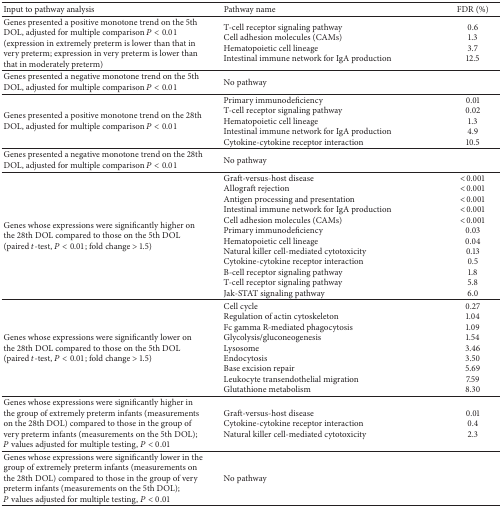
<table><thead><tr><td><b>Input to pathway analysis</b></td><td><b>Pathway name</b></td><td><b>FDR (%)</b></td></tr></thead><tbody><tr><td>Genes presented a positive monotone trend on the 5th DOL, adjusted for multiple comparison <i>P</i> &lt; 0.01 (expression in extremely preterm is lower than that in very preterm; expression in very preterm is lower than that in moderately preterm)</td><td>T-cell receptor signaling pathwayCell adhesion molecules (CAMs)Hematopoietic cell lineageIntestinal immune network for IgA production</td><td>0.61.33.712.5</td></tr><tr><td>Genes presented a negative monotone trend on the 5th DOL, adjusted for multiple comparison <i>P</i> &lt; 0.01</td><td>No pathway</td><td> </td></tr><tr><td>Genes presented a positive monotone trend on the 28th DOL, adjusted for multiple comparison <i>P</i> &lt; 0.01</td><td>Primary immunodeficiencyT-cell receptor signaling pathwayHematopoietic cell lineageIntestinal immune network for IgA productionCytokine-cytokine receptor interaction</td><td>0.010.021.34.910.5</td></tr><tr><td>Genes presented a negative monotone trend on the 28th DOL, adjusted for multiple comparison <i>P</i> &lt; 0.01</td><td>No pathway</td><td> </td></tr><tr><td>Genes whose expressions were significantly higher on the 28th DOL compared to those on the 5th DOL (paired <i>t</i>-test, <i>P</i> &lt; 0.01; fold change &gt; 1.5)</td><td>Graft-versus-host diseaseAllograft rejectionAntigen processing and presentationIntestinal immune network for IgA productionCell adhesion molecules (CAMs)Primary immunodeficiencyHematopoietic cell lineageNatural killer cell-mediated cytotoxicityCytokine-cytokine receptor interactionB-cell receptor signaling pathwayT-cell receptor signaling pathwayJak-STAT signaling pathway</td><td>&lt;0.001&lt;0.001&lt;0.001&lt;0.001&lt;0.0010.030.040.130.51.85.86.0</td></tr><tr><td>Genes whose expressions were significantly lower on the 28th DOL compared to those on the 5th DOL (paired <i>t</i>-test, <i>P</i> &lt; 0.01; fold change &gt; 1.5)</td><td>Cell cycleRegulation of actin cytoskeletonFc gamma R-mediated phagocytosisGlycolysis/gluconeogenesisLysosomeEndocytosisBase excision repairLeukocyte transendothelial migrationGlutathione metabolism</td><td>0.271.041.091.543.463.505.697.598.30</td></tr><tr><td>Genes whose expressions were significantly higher in the group of extremely preterm infants (measurements on the 28th DOL) compared to those in the group of very preterm infants (measurements on the 5th DOL); <i>P</i> values adjusted for multiple testing, <i>P</i> &lt; 0.01</td><td>Graft-versus-host diseaseCytokine-cytokine receptor interactionNatural killer cell-mediated cytotoxicity</td><td>0.010.42.3</td></tr><tr><td>Genes whose expressions were significantly lower in the group of extremely preterm infants (measurements on the 28th DOL) compared to those in the group of very preterm infants (measurements on the 5th DOL); <i>P</i> values adjusted for multiple testing, <i>P</i> &lt; 0.01</td><td>No pathway</td><td> </td></tr></tbody></table>